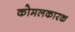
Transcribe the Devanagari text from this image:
कोमलकारक